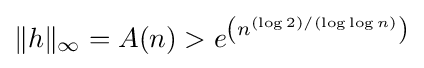
\|h\|_{\infty }=A(n)>e^{\left(n^{(\log 2)/(\log \log n)}\right)}